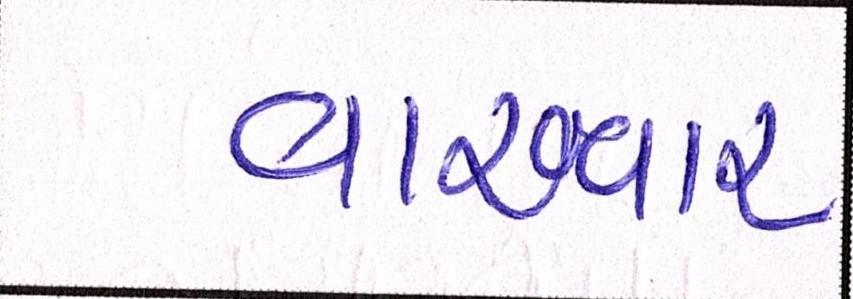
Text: વારંવાર